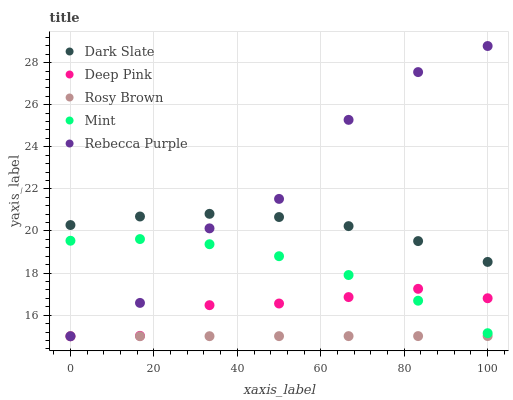
| xaxis_label | Dark Slate | Deep Pink | Rosy Brown | Mint | Rebecca Purple |
 | --- | --- | --- | --- | --- | --- |
 | 0 | 20.3 | 15 | 15 | 19.5 | 15 |
 | 16.7 | 20.7 | 15 | 15 | 19.6 | 16.6 |
 | 33.3 | 20.8 | 16.5 | 15 | 19.4 | 20.1 |
 | 50 | 20.7 | 16.6 | 15 | 18.8 | 21.5 |
 | 66.7 | 20.2 | 16.9 | 15 | 17.9 | 25.3 |
 | 83.3 | 19.5 | 17.3 | 15 | 16.7 | 27.5 |
 | 100 | 18.5 | 16.8 | 15 | 15.1 | 28.8 |